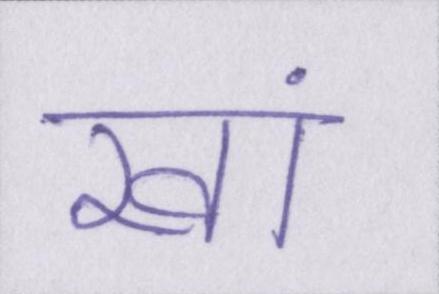
खां